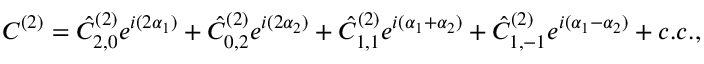
C ^ { ( 2 ) } = \hat { C } _ { 2 , 0 } ^ { ( 2 ) } e ^ { i ( 2 \alpha _ { 1 } ) } + \hat { C } _ { 0 , 2 } ^ { ( 2 ) } e ^ { i ( 2 \alpha _ { 2 } ) } + \hat { C } _ { 1 , 1 } ^ { ( 2 ) } e ^ { i ( \alpha _ { 1 } + \alpha _ { 2 } ) } + \hat { C } _ { 1 , - 1 } ^ { ( 2 ) } e ^ { i ( \alpha _ { 1 } - \alpha _ { 2 } ) } + c . c . ,